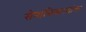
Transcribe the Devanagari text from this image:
सेनाधिकाऱ्यांचा